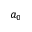
a _ { 0 }